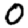
Digit: 0